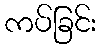
ကပ်ခြင်း